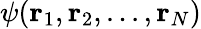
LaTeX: \psi(\mathbf{r}_{1},\mathbf{r}_{2},...,\mathbf{r}_{N})